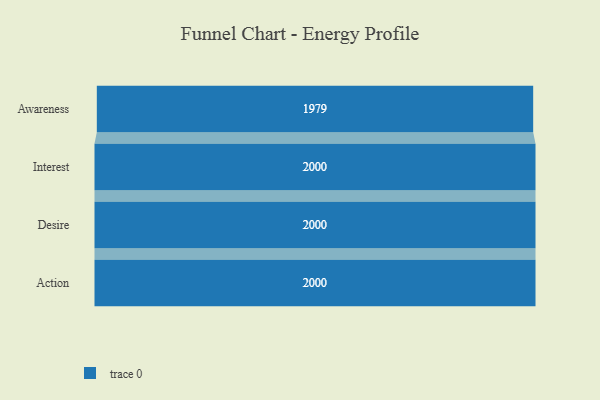
{"axis": {"x": "Stage", "y": "Value"}, "legend": [""], "data": [{"x": "Awareness", "y": 1979.0, "type": ""}, {"x": "Interest", "y": 2000, "type": ""}, {"x": "Desire", "y": 2000, "type": ""}, {"x": "Action", "y": 2000, "type": ""}]}